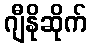
ဂျီနိုဆိုက်